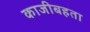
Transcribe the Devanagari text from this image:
काजीबहता